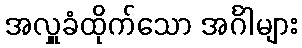
အလှူခံထိုက်သော အင်္ဂါများ